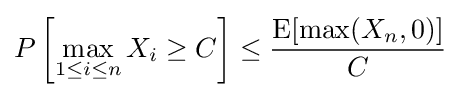
P\left[\max _{1\leq i\leq n}X_{i}\geq C\right]\leq {\frac {\operatorname {E} [{\textrm {max}}(X_{n},0)]}{C}}